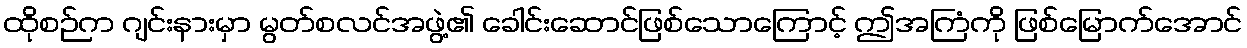
ထိုစဉ်က ဂျင်းနားမှာ မွတ်စလင်အဖွဲ့၏ ခေါင်းဆောင်ဖြစ်သောကြောင့် ဤအကြံကို ဖြစ်မြောက်အောင်